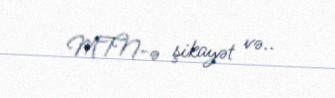
MTN-ə şikayət və..